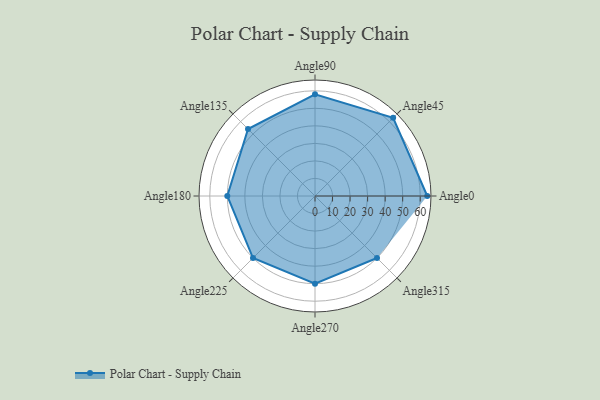
{"axis": {"x": "Angle", "y": "Radius"}, "legend": [""], "data": [{"x": "Angle0", "y": 64.0, "type": ""}, {"x": "Angle45", "y": 63.0, "type": ""}, {"x": "Angle90", "y": 58.0, "type": ""}, {"x": "Angle135", "y": 54.0, "type": ""}, {"x": "Angle180", "y": 50, "type": ""}, {"x": "Angle225", "y": 50, "type": ""}, {"x": "Angle270", "y": 50, "type": ""}, {"x": "Angle315", "y": 50, "type": ""}]}